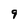
Character: 9